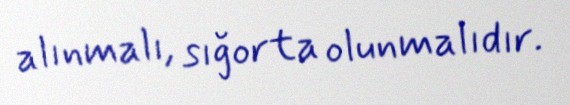
alınmalı, sığorta olunmalıdır.